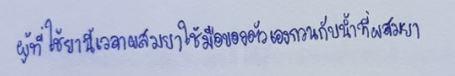
ผู้ที่ใช้ยานี้เวลาผสมยาใช้มือของตัวเองกวนกับน้ำที่ผสมยา